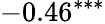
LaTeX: -0.46^{***}